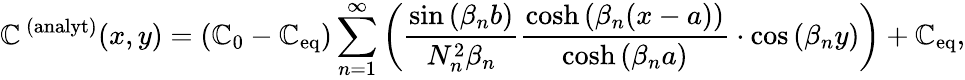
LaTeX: \mathbb{C}^{\, (\mathrm{{analyt}})}(x,y)=(\mathbb{C}_{0}-\mathbb{C}_{\mathrm{{eq}}})\sum_{n=1}^{\infty}\left(\frac{{\sin{(\beta_{n}b)}}}{{N_{n}^{2}\beta_{n}}}\frac{{\cosh{(\beta_{n}(x-a))}}}{{\cosh{(\beta_{n}a})}}\cdot\cos{(\beta_{n}y)}\right)+\mathbb{C}_{\mathrm{{eq}}},